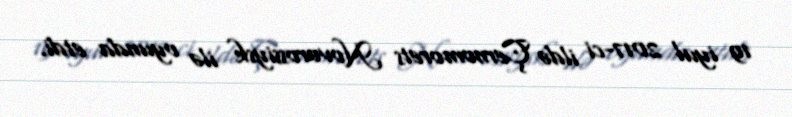
19 iyul 2017-ci ildə Çernomorets Novorossiysk ilə oyunda etdi.